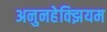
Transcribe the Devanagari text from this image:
अनुनहेक्झियम